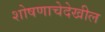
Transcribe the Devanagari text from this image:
शोषणाचेदेखील